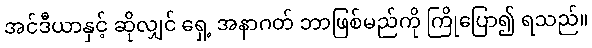
အင်ဒီယာနှင့် ဆိုလျှင် ရှေ့ အနာဂတ် ဘာဖြစ်မည်ကို ကြိုပြော၍ ရသည်။